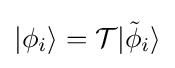
|\phi _{i}\rangle ={\mathcal {T}}|{\tilde {\phi }}_{i}\rangle